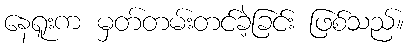
နေရူးက မှတ်တမ်းတင်ခဲ့ခြင်း ဖြစ်သည်။